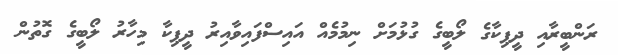
ރަންބީރާއި ދީޕިކާގެ ލޯބީގެ ގުޅުމަށް ނިމުމެއް އައިސްފައިވާއިރު ދީޕިކާ މިހާރު ލޯބީގެ ގޮތުން